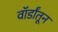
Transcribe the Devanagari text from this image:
वॉर्डांतून